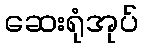
ဆေးရုံအုပ်